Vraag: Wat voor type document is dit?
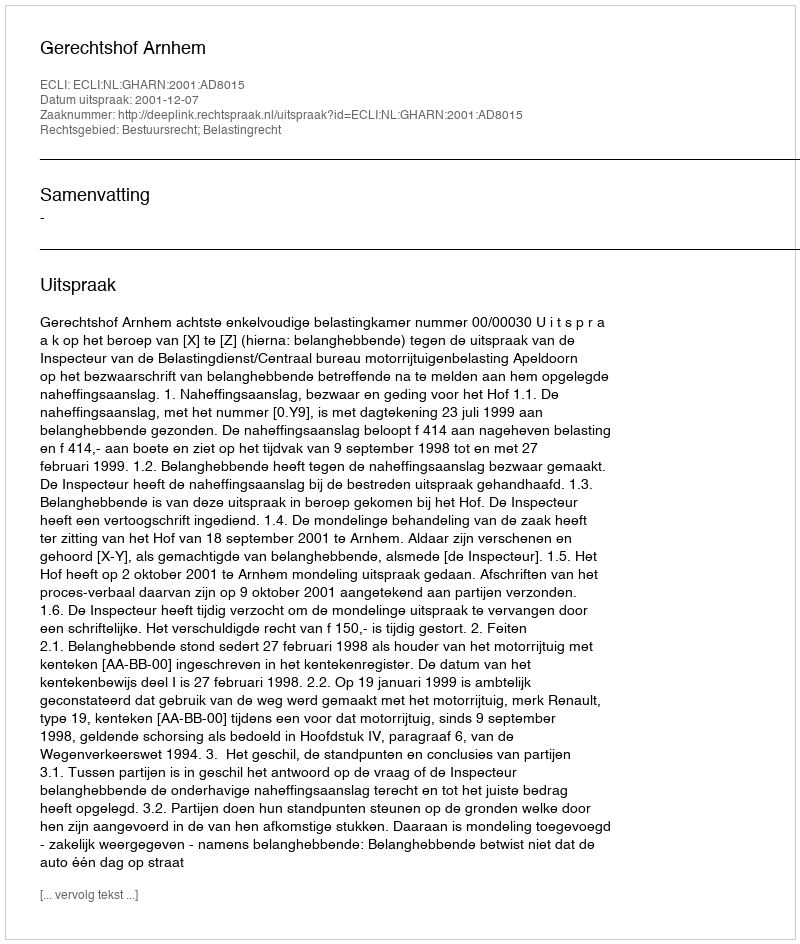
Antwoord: Uitspraak